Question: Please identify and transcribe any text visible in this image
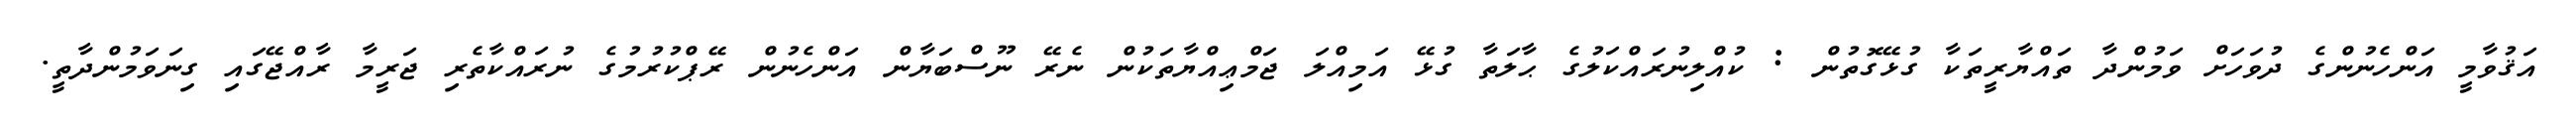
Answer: އަޤުވާމީ އަންހެނުންގެ ދުވަހަށް ވަމުންދާ ތައްޔާރީތަކާ ގުޅޭގޮތުން : ކުއްލިނުރައްކަލުގެ ޙާލަތާ ގުޅޭ އަމިއްލަ ޖަމްޢިއްޔާތަކުން ނެރޭ ނޫސްބަޔާން އަންހެނުން ރޭޕްކުރުމުގެ ނުރައްކާތެރި ޖަރީމާ ރާއްޖޭގައި ގިނަވަމުންދާތީ.